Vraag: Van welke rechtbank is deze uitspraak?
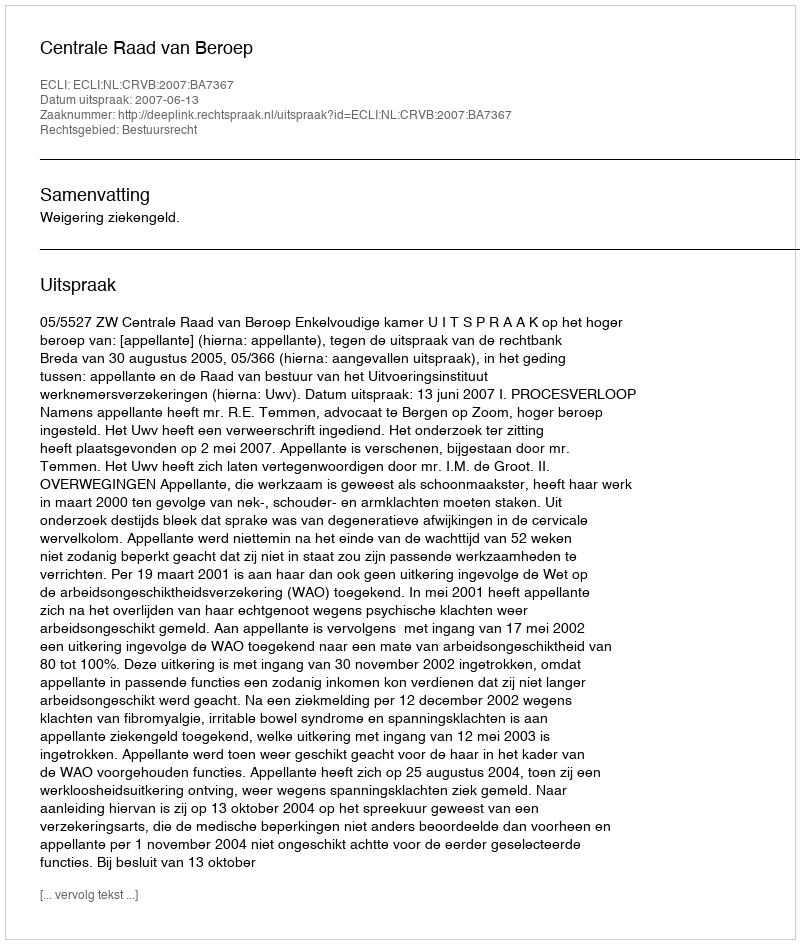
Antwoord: Centrale Raad van Beroep